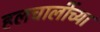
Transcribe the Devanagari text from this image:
हलचालींच्या